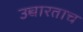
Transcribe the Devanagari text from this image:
उच्चारताच